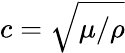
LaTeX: c=\sqrt{\mu/\rho}